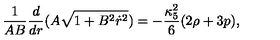
\frac { 1 } { A B } \frac { d } { d r } ( A \sqrt { 1 + B ^ { 2 } \dot { r } ^ { 2 } } ) = - \frac { \kappa _ { 5 } ^ { 2 } } { 6 } ( 2 \rho + 3 p ) ,